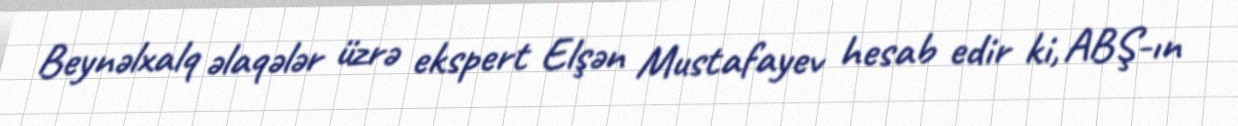
Beynəlxalq əlaqələr üzrə ekspert Elşən Mustafayev hesab edir ki, ABŞ-ın